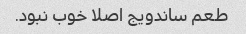
طعم ساندویج اصلا خوب نبود.